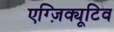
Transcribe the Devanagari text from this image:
एग्ज़िक्यूटिव